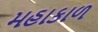
મહાકાળ